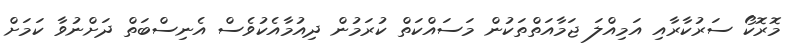
މޮރޮކޯ ސަރުކާރާއި އަމިއްލަ ޖަމާއަތްތަކުން މަސައްކަތް ކުރަމުން ދިއުމާއެކުވެސް އެނިސްބަތް ދަށްނުވާ ކަމަށް